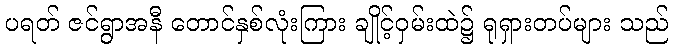
ပရတ် ဇင်ရွာအနီ တောင်နှစ်လုံးကြား ချိုင့်ဝှမ်းထဲ၌ ရုရှားတပ်များ သည်